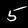
Label: 5